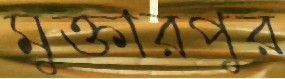
মুক্তারপুর